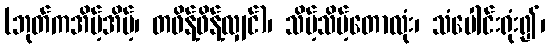
(ဘုတ်ကအိမ့်အိမ့်၊ တဖိန့်ဖိန့်လျှင်)၊ သိမ့်သိမ့်တောလုံး၊ သံပေါင်းရုံး၍၊